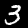
Digit: 3